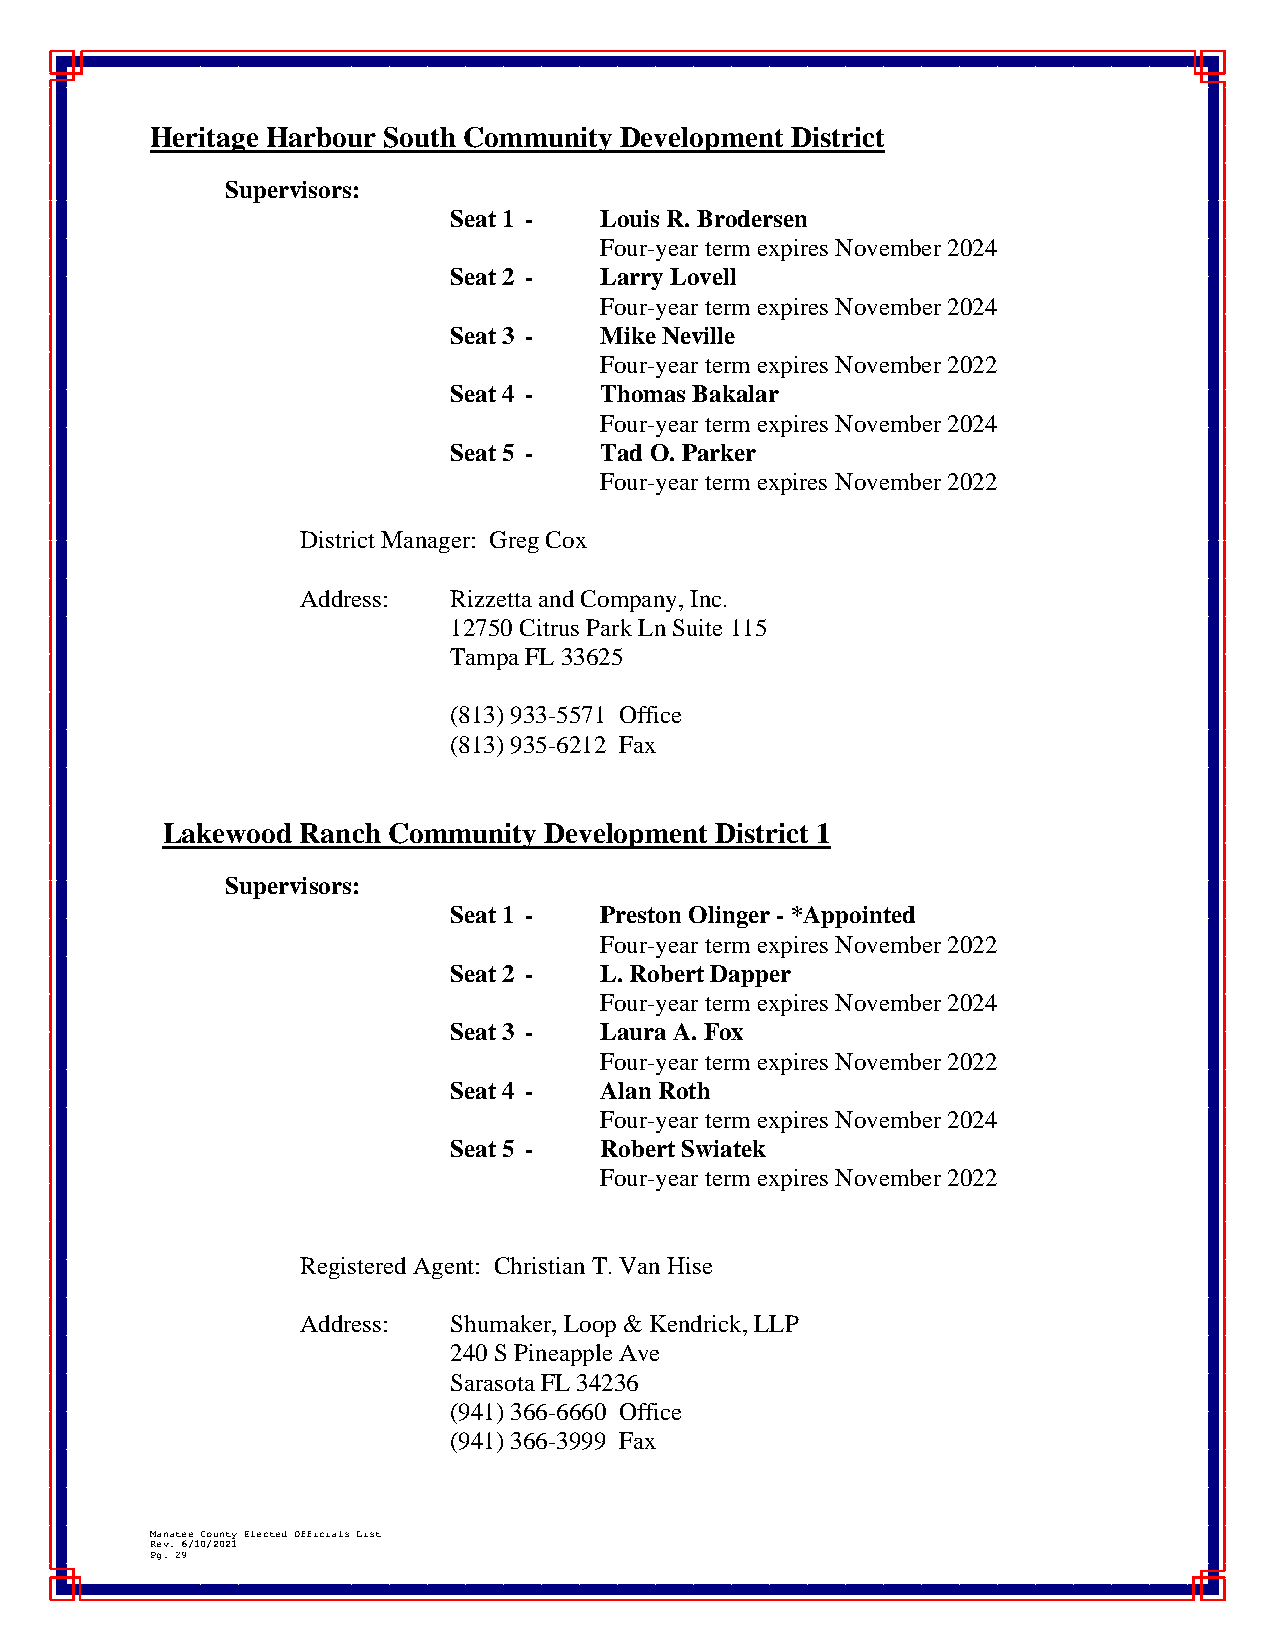
Heritage Harbour South Community Development District
 Supervisors:
 Seat 1 -  Louis R. Brodersen
 Four-year term expires November 2024
 Seat 2 -  Larry Lovell
 Four-year term expires November 2024
 Seat 3 -  Mike Neville
 Four-year term expires November 2022
 Seat 4 -  Thomas Bakalar
 Four-year term expires November 2024
 Seat 5 -  Tad O. Parker
 Four-year term expires November 2022
 District Manager: Greg Cox
 Address:  Rizzetta and Company, Inc.
 12750 Citrus Park Ln Suite 115
 Tampa FL 33625
 (813) 933-5571 Office
 (813) 935-6212 Fax
 Lakewood Ranch Community Development District 1
 Supervisors:
 Seat 1 -  Preston Olinger - *Appointed
 Four-year term expires November 2022
 Seat 2 -  L. Robert Dapper
 Four-year term expires November 2024
 Seat 3 -  Laura A. Fox
 Four-year term expires November 2022
 Seat 4 -  Alan Roth
 Four-year term expires November 2024
 Seat 5 -  Robert Swiatek
 Four-year term expires November 2022
 Registered Agent: Christian T. Van Hise
 Address:  Shumaker, Loop & Kendrick, LLP
 240 S Pineapple Ave
 Sarasota FL 34236
 (941) 366-6660 Office
 (941) 366-3999 Fax
 Manatee County Elected Officials List
 Rev. 6/10/2021
 Pg. 29